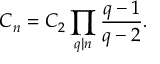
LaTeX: C _ { n } = C _ { 2 } \prod _ { q | n } { \frac { q - 1 } { q - 2 } } .